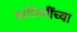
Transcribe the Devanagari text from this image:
वाघिणींच्या